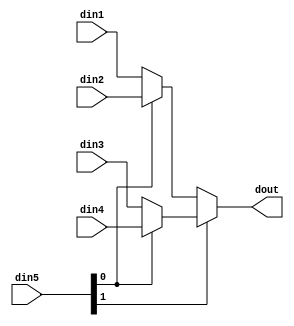
module ANN_mux_4to1_sel2_32_1 #(
parameter
    ID                = 0,
    NUM_STAGE         = 1,
    din1_WIDTH       = 32,
    din2_WIDTH       = 32,
    din3_WIDTH       = 32,
    din4_WIDTH       = 32,
    din5_WIDTH         = 32,
    dout_WIDTH            = 32
)(
    input  [31 : 0]     din1,
    input  [31 : 0]     din2,
    input  [31 : 0]     din3,
    input  [31 : 0]     din4,
    input  [1 : 0]    din5,
    output [31 : 0]   dout);

// puts internal signals
wire [1 : 0]     sel;
// level 1 signals
wire [31 : 0]         mux_1_0;
wire [31 : 0]         mux_1_1;
// level 2 signals
wire [31 : 0]         mux_2_0;

assign sel = din5;

// Generate level 1 logic
assign mux_1_0 = (sel[0] == 0)? din1 : din2;
assign mux_1_1 = (sel[0] == 0)? din3 : din4;

// Generate level 2 logic
assign mux_2_0 = (sel[1] == 0)? mux_1_0 : mux_1_1;

// output logic
assign dout = mux_2_0;

endmodule